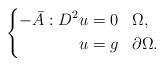
LaTeX: \begin{align*}\left\{\begin{aligned}-\bar{A}:D^2 u &= 0& &\Omega,\\u &= g& &\partial\Omega.\end{aligned}\right.\end{align*}